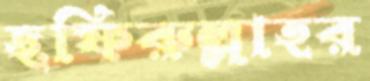
ছফিরুল্লাহর